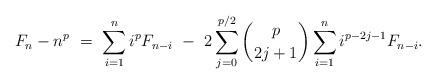
LaTeX: \begin{align*} F_n - n^p \ = \ \sum_{i=1}^{n} i^{p} F_{n-i} \ - \ 2\sum_{j=0}^{p/2} \binom{p}{2j+1} \sum_{i=1}^n i^{p-2j-1} F_{n-i}.\end{align*}